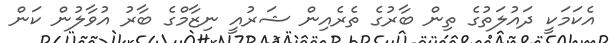
އެކަމަކީ ދައުލަތުގެ ތިން ބާރުގެ ތެރެއިން ޝަރުއީ ނިޒާމްގެ ބާރު އުވާލުން ކަން